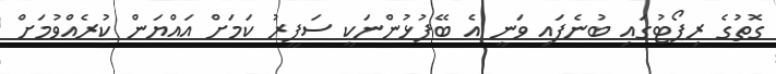
ގޮތުގެ ރިޕޯޓުގައި ބުނެފައި ވަނީ އެ ބޭފުޅުންނަކީ ސަފީރު ކަމަށް އައްޔަން ކުރެއްވުމަށް